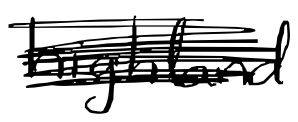
Text: highland
Cross-out: scratch
Writing tool: digital_black